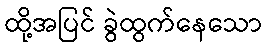
ထို့အပြင် ခွဲထွက်နေသော